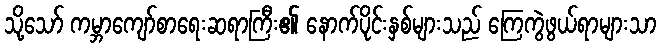
သို့သော် ကမ္ဘာကျော်စာရေးဆရာကြီး၏ နောက်ပိုင်းနှစ်များသည် ကြေကွဲဖွယ်ရာများသာ